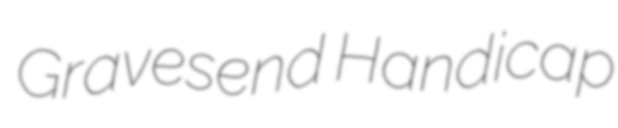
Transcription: Gravesend Handicap